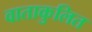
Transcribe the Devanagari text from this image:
वाताकुलित